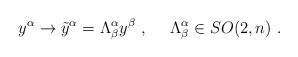
LaTeX: \begin{align*}{y}^\alpha \rightarrow \tilde{y}^\alpha=\Lambda^\alpha_\beta y^\beta~,~~~~\Lambda^\alpha_\beta\in SO(2,n)~.\end{align*}